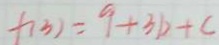
f ( 3 ) = 9 + 3 b + c